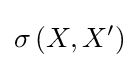
\sigma \left(X,X'\right)